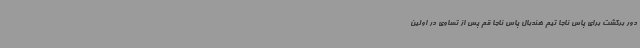
دور برگشت برای پاس ناجا تیم هندبال پاس ناجا قم پس از تساوی در اولین